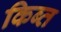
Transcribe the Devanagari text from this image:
किब्त